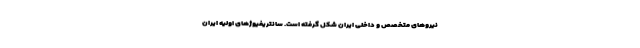
نیروهای متخصص و داخلی ایران شکل گرفته است. سانتریفیوژهای اولیه ایران